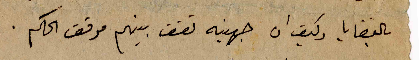
بالقضايا وكيف ان جهينه تقف بينهم موقف الحكم.